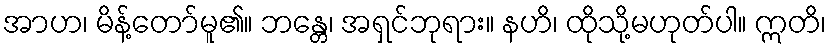
အာဟ၊ မိန့်တော်မူ၏။ ဘန္တေ၊ အရှင်ဘုရား။ နဟိ၊ ထိုသို့မဟုတ်ပါ။ ဣတိ၊